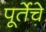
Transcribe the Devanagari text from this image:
पूर्तेचे